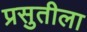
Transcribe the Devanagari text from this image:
प्रसुतीला